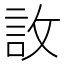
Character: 䚺